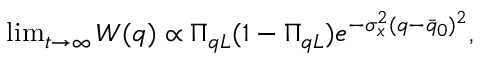
\begin{array} { r } { \operatorname* { l i m } _ { t \rightarrow \infty } W ( q ) \propto \Pi _ { q L } ( 1 - \Pi _ { q L } ) e ^ { - \sigma _ { x } ^ { 2 } ( q - \bar { q } _ { 0 } ) ^ { 2 } } , } \end{array}